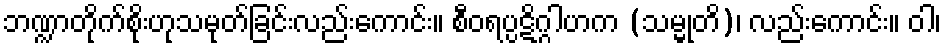
ဘဏ္ဍာတိုက်စိုးဟုသမုတ်ခြင်းလည်းကောင်း။ စီဝရပ္ပဋိဂ္ဂါဟက (သမ္မုတိ)၊ လည်းကောင်း။ ဝါ၊